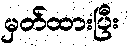
မှတ်ထားပြီး